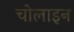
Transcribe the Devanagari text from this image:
चोलाइन